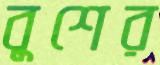
বুশের